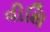
વીથિ